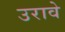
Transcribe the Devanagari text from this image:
उरावे